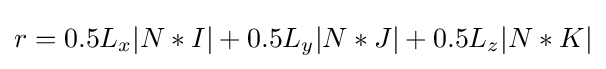
r=0.5L_{x}|N*I|+0.5L_{y}|N*J|+0.5L_{z}|N*K|